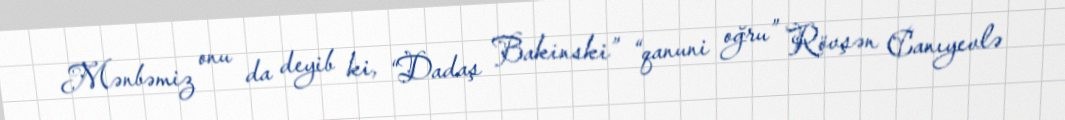
Mənbəmiz onu da deyib ki, “Dadaş Bakinski” “qanuni oğru” Rövşən Canıyevlə